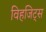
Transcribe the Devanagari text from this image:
विहजिट्स